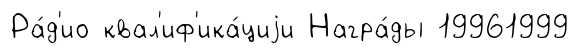
Ра́д'ио квал'иф'ика́циjи Награ́ды 19961999